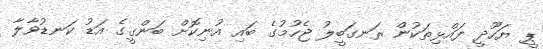
ޕީ ޔަހޫދީ ފައްޅިތަކުން ރަނގަބީލު ޖެހުމުގެ ބައި އުނިކޮށް ބަންގީގެ އަޑު ކަނޑުވާލާ